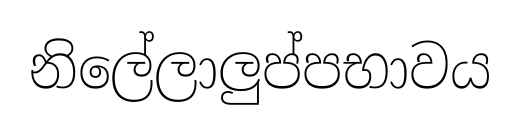
නිලේලාලුප්පභාවය